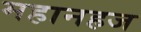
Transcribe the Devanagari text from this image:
महानहज